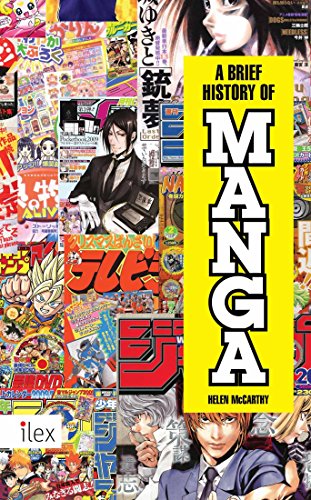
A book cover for A Brief History of Manga; Helen McCarthy; Comics & Graphic Novels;